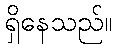
ရှိနေသည်။